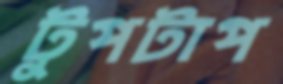
টুপটাপ